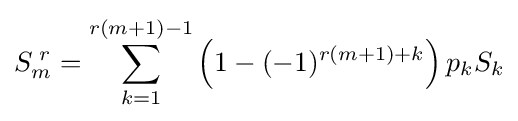
S_{m}^{\;r}=\sum _{k=1}^{r(m+1)-1}{\left(1-(-1)^{r(m+1)+k}\right)p_{k}S_{k}}